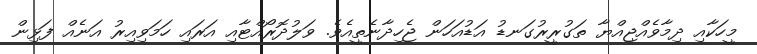
މީހަކާއި ދިމާވެއްޖިއްޔާ ތަގުރީރުގަނޑު އަޑުއަހަން ޖެހިދާނެތީއެވެ. ވަލުދޮރޯއްޓާއި އަރައި ހަމަވިއިރު އަނެއް ފަޅިން